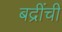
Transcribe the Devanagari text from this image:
बद्रींची